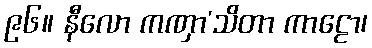
၉၆။ နီလော ကဏှာ’သိတာ ကာဠော၊